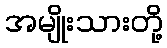
အမျိုးသားတို့